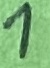
Text: 1